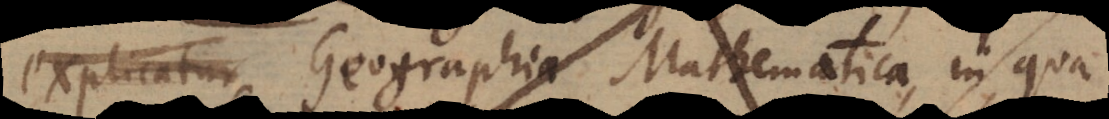
explicatur Geographia Mathematica, in qua